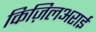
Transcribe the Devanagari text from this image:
किज़िलअराई